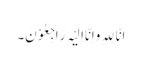
اِنَّا لِلہِ وَاِنَّا اِلَیْہِ رَاجِعُوْنَ۔